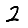
Digit: 2